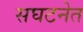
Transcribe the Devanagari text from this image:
सघटनेत